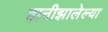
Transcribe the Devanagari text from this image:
हानीझालेल्या